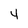
Character: 4